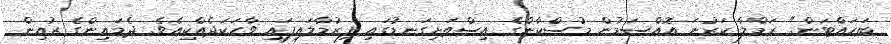
ބަހައްޓަން." ރަމްލާ ކަރުނަ އޮއްސަމުން މުސްކާންގެ އިސްތަށިގަނޑުގައި ފިރުމާލައިފައި ވާހަކަދެއްކިއެވެ. ދެމައިންގެ ރުއިން